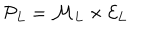
LaTeX: { \cal P } _ { L } = { \cal M } _ { L } \times { \cal E } _ { L } \; \; \;